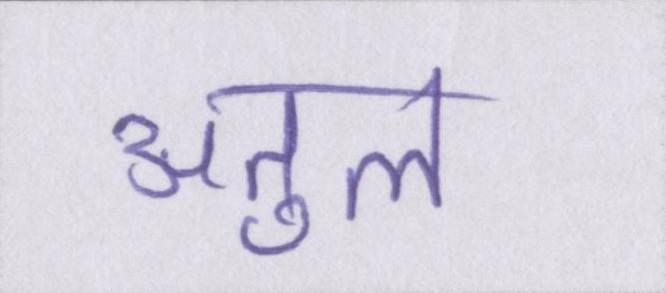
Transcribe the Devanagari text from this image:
अतुल